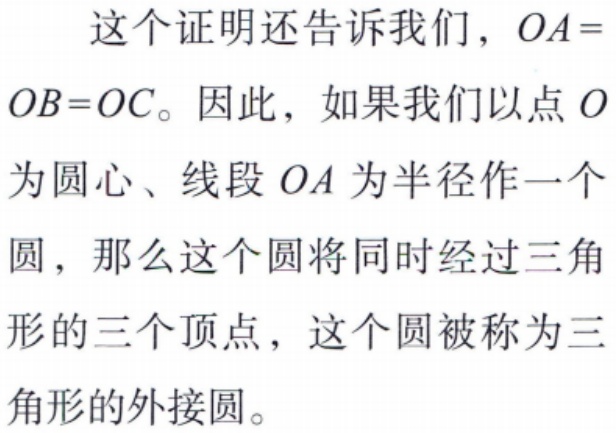
这个证明还告诉我们，\(OA = OB = OC\)。因此，如果我们以点 \(O\)为圆心、线段 \(OA\)为半径作一个圆，那么这个圆将同时经过三角形的三个顶点，这个圆被称为三角形的外接圆。